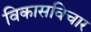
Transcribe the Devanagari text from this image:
विकासविचार